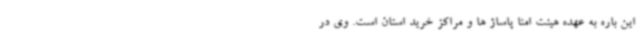
این باره به عهده هیئت امنا پاساژ ها و مراکز خرید استان است. وی در